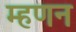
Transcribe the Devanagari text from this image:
म्हणन